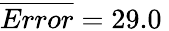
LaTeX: \overline{{Error}}=29.0\